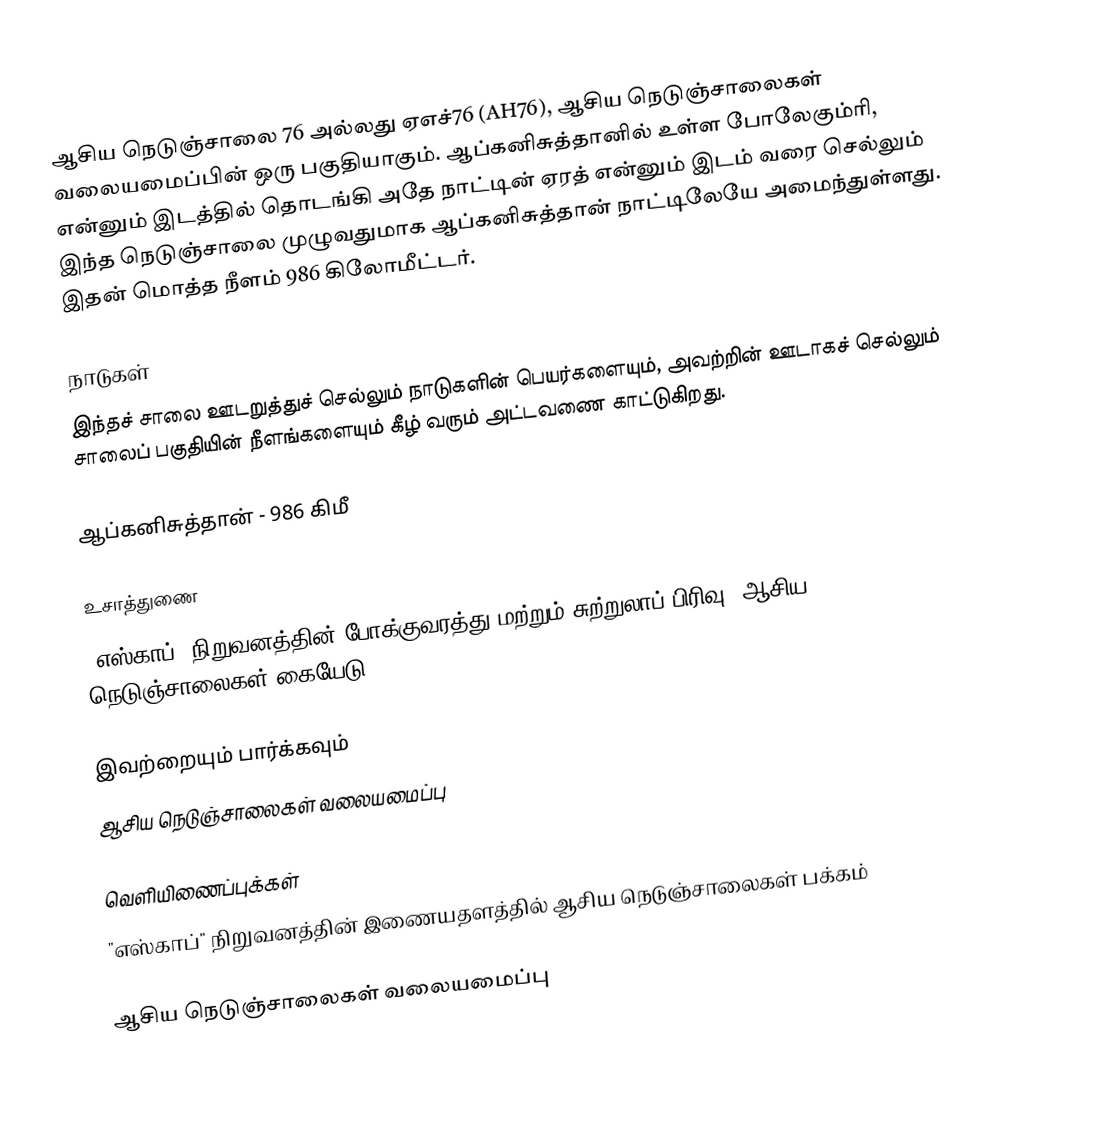
ஆசிய நெடுஞ்சாலை 76 அல்லது ஏஎச்76 (AH76), ஆசிய நெடுஞ்சாலைகள் வலையமைப்பின் ஒரு பகுதியாகும். ஆப்கனிசுத்தானில் உள்ள போலேகும்ரி, என்னும் இடத்தில் தொடங்கி அதே நாட்டின் ஏரத் என்னும் இடம் வரை செல்லும் இந்த நெடுஞ்சாலை முழுவதுமாக ஆப்கனிசுத்தான் நாட்டிலேயே அமைந்துள்ளது. இதன் மொத்த நீளம் 986 கிலோமீட்டர்.

நாடுகள்
இந்தச் சாலை ஊடறுத்துச் செல்லும் நாடுகளின் பெயர்களையும், அவற்றின் ஊடாகச் செல்லும் சாலைப் பகுதியின் நீளங்களையும் கீழ் வரும் அட்டவணை காட்டுகிறது.

 ஆப்கனிசுத்தான் - 986 கிமீ

உசாத்துணை
 "எஸ்காப்" நிறுவனத்தின் போக்குவரத்து மற்றும் சுற்றுலாப் பிரிவு, ஆசிய நெடுஞ்சாலைகள் கையேடு , 2003.

இவற்றையும் பார்க்கவும்
 ஆசிய நெடுஞ்சாலைகள் வலையமைப்பு

வெளியிணைப்புக்கள்
 "எஸ்காப்" நிறுவனத்தின் இணையதளத்தில் ஆசிய நெடுஞ்சாலைகள் பக்கம்

 ஆசிய நெடுஞ்சாலைகள் வலையமைப்பு